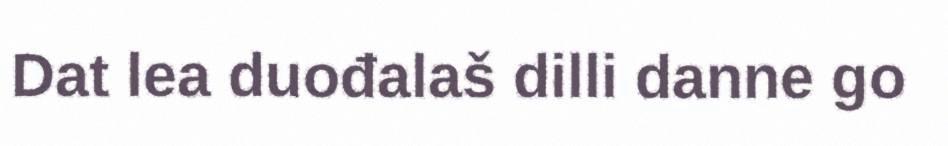
Dat lea duođalaš dilli danne go